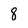
Character: 8